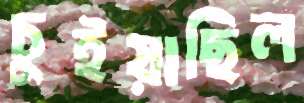
চুইয়াছিল